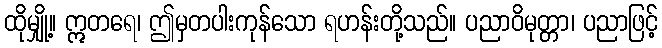
ထိုမျှို့။ ဣတရေ၊ ဤမှတပါးကုန်သော ရဟန်းတို့သည်။ ပညာဝိမုတ္တာ၊ ပညာဖြင့်